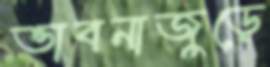
ভাবনাজুড়ে